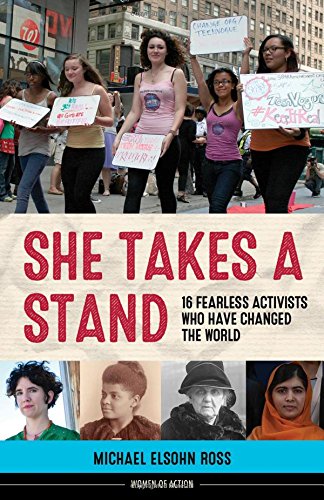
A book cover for She Takes a Stand: 16 Fearless Activists Who Have Changed the World (Women of Action); Michael Elsohn Ross; Teen & Young Adult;